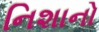
નિશાનો